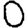
Digit: 0